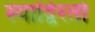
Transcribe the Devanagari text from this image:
स्याद्विरतो